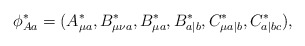
\begin{align*}\phi_{Aa}^\ast=(A_{\mu a}^\ast,B_{\mu\nu a}^\ast,B_{\mu a}^\ast, B_{a|b}^\ast,C_{\mu a|b}^\ast,C_{a|bc}^\ast),\end{align*}